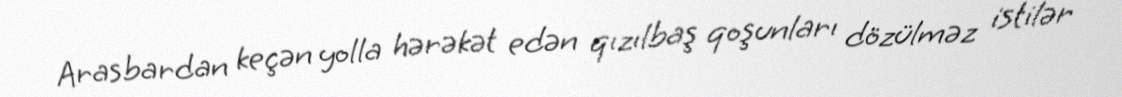
Arasbardan keçən yolla hərəkət edən qızılbaş qoşunları dözülməz istilər